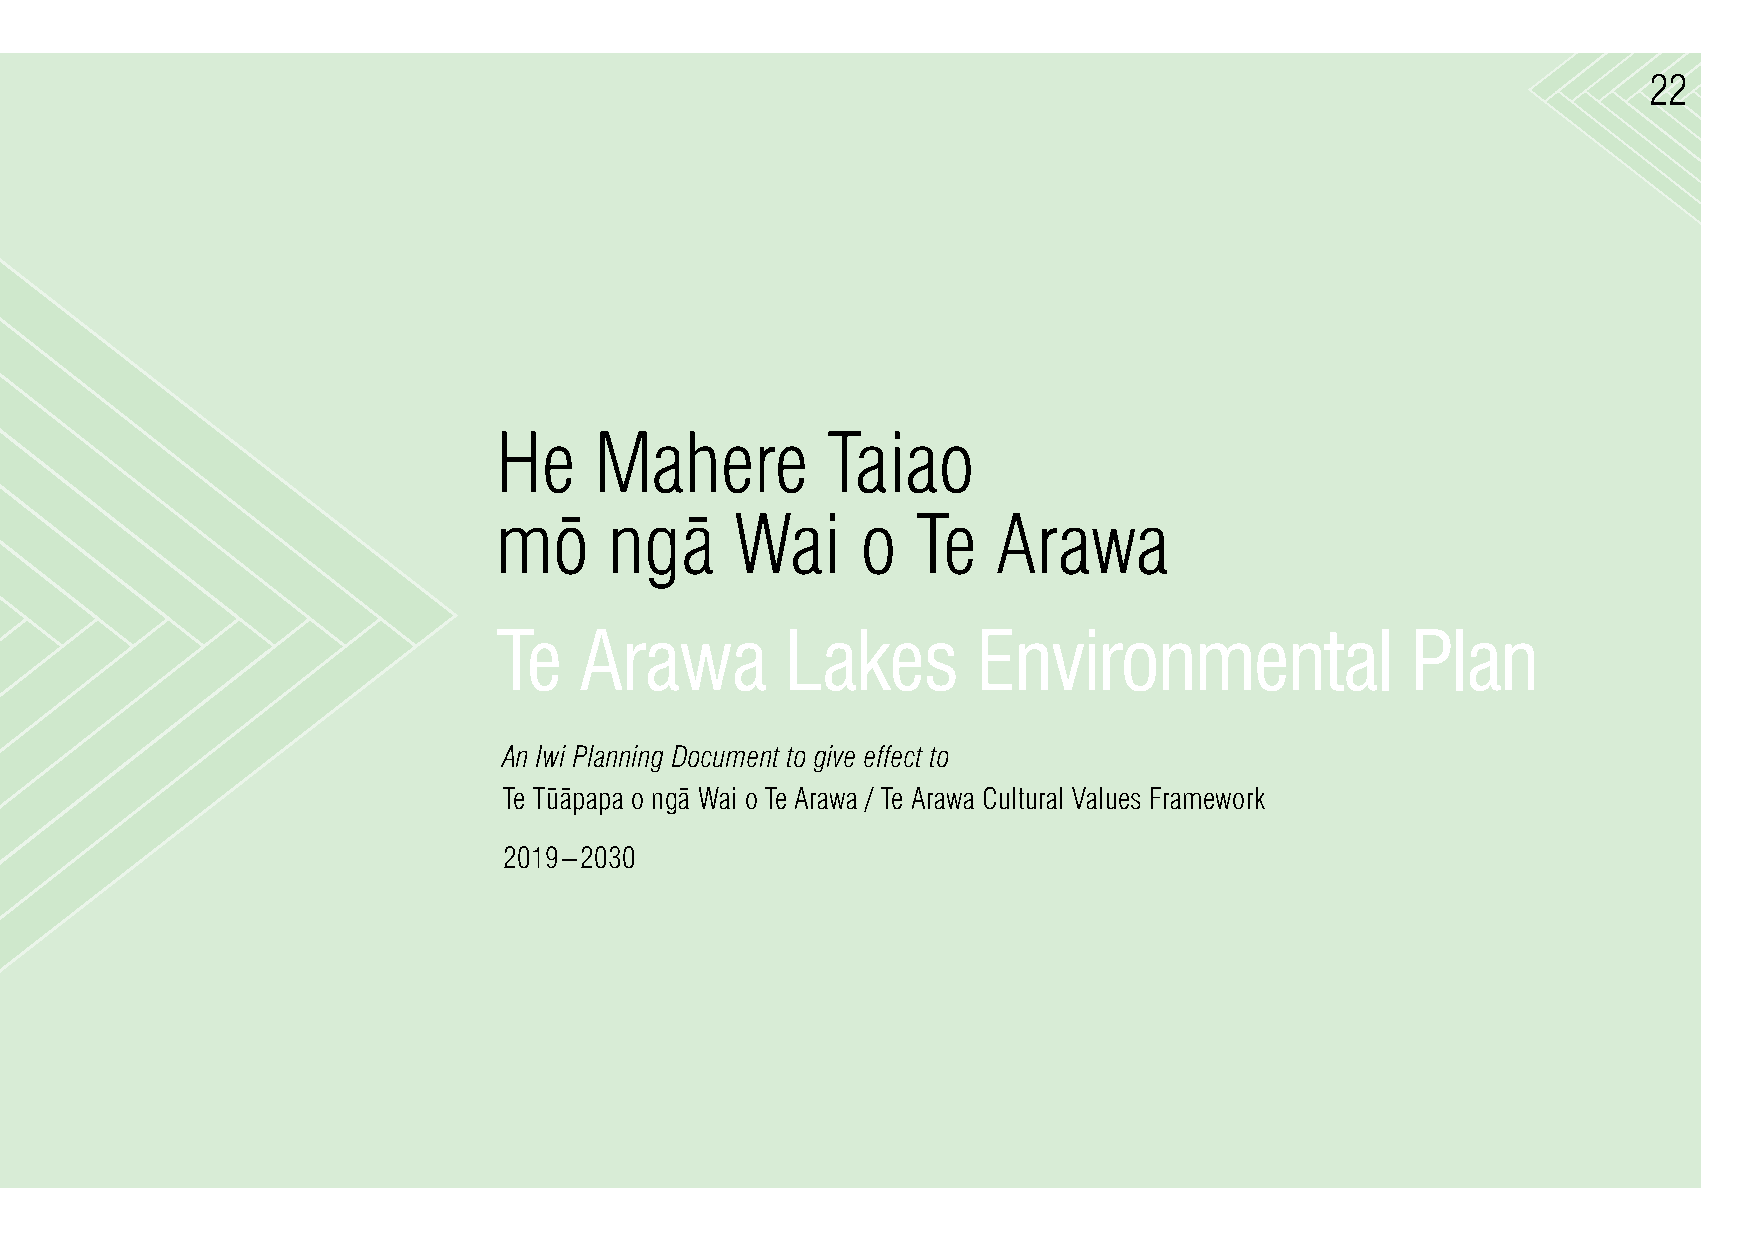
22
 He    Mahere          Taiao
 m¯o    ng¯a     Wai     o   Te   Arawa
 Te   Arawa         Lakes        Environmental               Plan
 An Iwi Planning Document to give effect to
 --       -
 Te Tuapapa o nga Wai o Te Arawa / Te Arawa Cultural Values Framework
 2019–2030